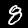
Label: 8